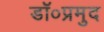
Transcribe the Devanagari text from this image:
डॉ०प्रमुद